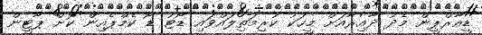
ޑީއާރްޕީން މެދު ދާއިރާއަށް މީހަކު ކުރިމަތިލައްވައި ޑޯޓު ޑޯ ކެމްޕެއިން ކޮށް ޕާޓީން